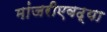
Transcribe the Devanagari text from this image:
मांजरीएवढ्या